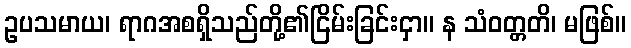
ဥပသမာယ၊ ရာဂအစရှိသည်တို့၏ငြိမ်းခြင်းငှာ။ န သံဝတ္တတိ၊ မဖြစ်။